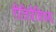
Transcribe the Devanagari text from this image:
रीतित्रैविध्य